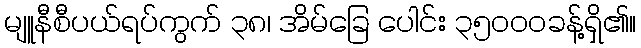
မျူနီစီပယ်ရပ်ကွက် ၃၈၊ အိမ်ခြေ ပေါင်း ၃၅၀၀၀ခန့်ရှိ၏။